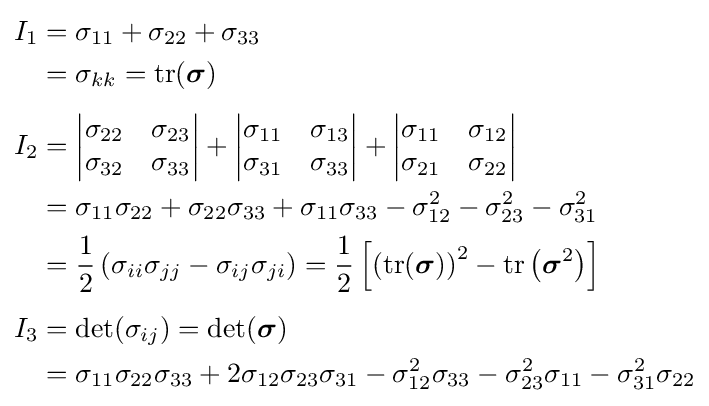
{\begin{aligned}I_{1}&=\sigma _{11}+\sigma _{22}+\sigma _{33}\\&=\sigma _{kk}={\text{tr}}({\boldsymbol {\sigma }})\\[4pt]I_{2}&={\begin{vmatrix}\sigma _{22}&\sigma _{23}\\\sigma _{32}&\sigma _{33}\\\end{vmatrix}}+{\begin{vmatrix}\sigma _{11}&\sigma _{13}\\\sigma _{31}&\sigma _{33}\\\end{vmatrix}}+{\begin{vmatrix}\sigma _{11}&\sigma _{12}\\\sigma _{21}&\sigma _{22}\\\end{vmatrix}}\\&=\sigma _{11}\sigma _{22}+\sigma _{22}\sigma _{33}+\sigma _{11}\sigma _{33}-\sigma _{12}^{2}-\sigma _{23}^{2}-\sigma _{31}^{2}\\&={\frac {1}{2}}\left(\sigma _{ii}\sigma _{jj}-\sigma _{ij}\sigma _{ji}\right)={\frac {1}{2}}\left[\left({\text{tr}}({\boldsymbol {\sigma }})\right)^{2}-{\text{tr}}\left({\boldsymbol {\sigma }}^{2}\right)\right]\\[4pt]I_{3}&=\det(\sigma _{ij})=\det({\boldsymbol {\sigma }})\\&=\sigma _{11}\sigma _{22}\sigma _{33}+2\sigma _{12}\sigma _{23}\sigma _{31}-\sigma _{12}^{2}\sigma _{33}-\sigma _{23}^{2}\sigma _{11}-\sigma _{31}^{2}\sigma _{22}\\\end{aligned}}